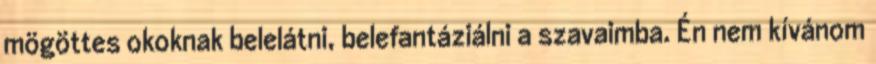
mögöttes okoknak belelátni, belefantáziálni a szavaimba. Én nem kívánom